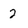
Character: 2